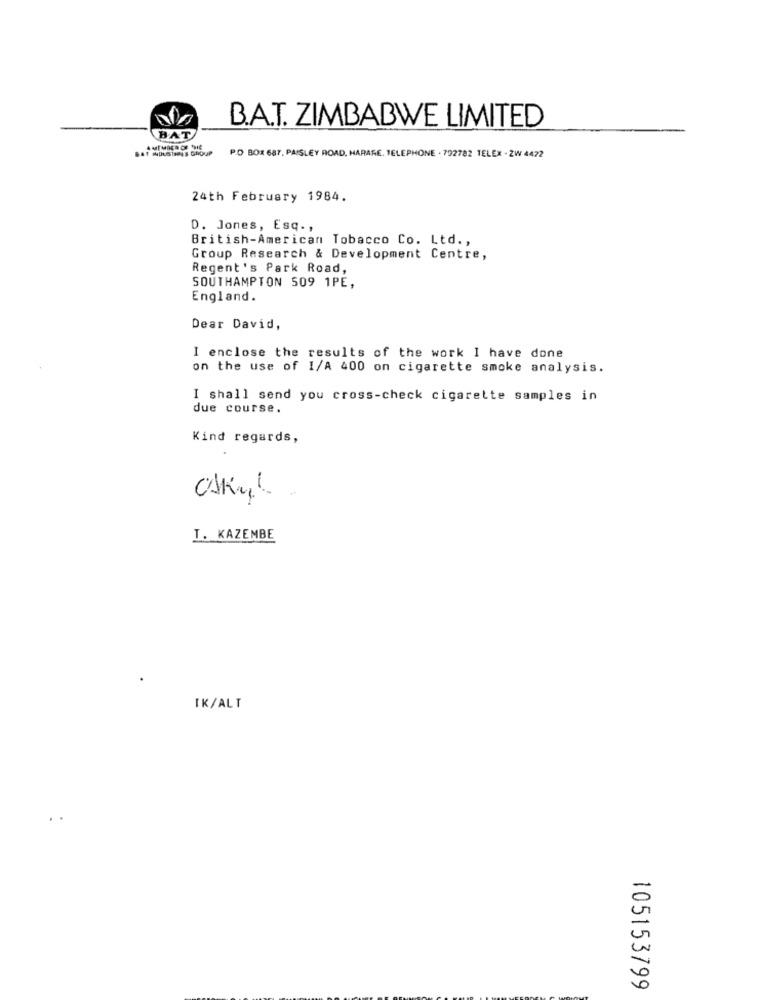
B.A.T. ZIMBABWE LIMITED
BAT
RAT MOUSTARES G
P.O BOX 687. PAISLEY ROAD, HARARE, TELEPHONE . 792782 TELEX - ZW 4472
24th February 1984.
D. Jones, Esq .,
British-American Tobacco Co. Ltd .,
Group Research & Development Centre,
Regent's Park Road,
SOUTHAMPTON 509 1PE,
England.
Dear David,
I enclose the results of the work I have done
on the use of 1/A 400 on cigarette smoke analysis.
I shall send you cross-check cigarette samples in
due course.
Kind regards,
I. KAZEMBE
TK/ALT
105153799